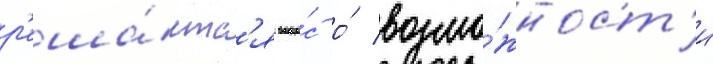
р'еша́етс'я вопро́с о́ возмо́жност'и